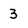
Character: 3